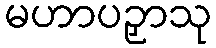
မဟာပဉှာသု